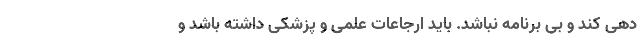
دهی کند و بی برنامه نباشد. باید ارجاعات علمی و پزشکی داشته باشد و